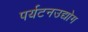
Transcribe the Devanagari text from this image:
पर्यटनउद्योग